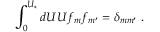
\int _ { 0 } ^ { U _ { * } } d U U f _ { m } f _ { m ^ { \prime } } = \delta _ { m m ^ { \prime } } ~ .